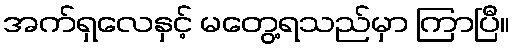
အက်ရှလေနှင့် မတွေ့ရသည်မှာ ကြာပြီ။